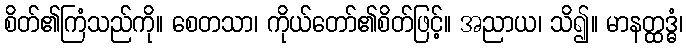
စိတ်၏ကြံသည်ကို။ စေတသာ၊ ကိုယ်တော်၏စိတ်ဖြင့်။ အညာယ၊ သိ၍။ မာနတ္ထဒ္ဓံ၊